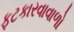
ફટકારવાવાળો